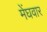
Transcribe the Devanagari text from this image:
मेंघवार